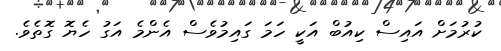
ކުރުމަށް އައިސް ކިއުބް އަކީ ހަމަ ގައިމުވެސް އެންމެ އަގު ހެޔޮ ގޮތެވެ.